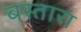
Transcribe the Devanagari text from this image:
बस्तारा